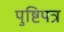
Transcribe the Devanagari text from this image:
पुष्टिपत्र